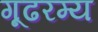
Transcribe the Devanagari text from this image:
गूढरम्य